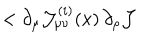
LaTeX: < \partial _ { \mu } { \cal J } _ { \mu \nu } ^ { ( i ) } ( x ) \, \partial _ { \rho } { \cal J }